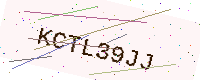
Text: KCTL39JJ